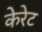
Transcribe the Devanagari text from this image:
केरेट